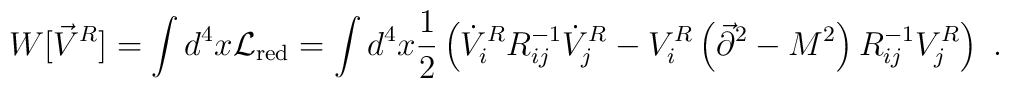
W[\vec{V}^R]=\int d^4x {\cal L}_{\rm red}=\int d^4x {1\over 2}\left(\dot{V}^R_iR_{ij}^{-1}\dot{V}^R_j-V^R_i\left(\vec{\partial}^2-M^2\right)R_{ij}^{-1}V^R_j\right)~.